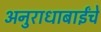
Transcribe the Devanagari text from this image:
अनुराधाबाईंचे